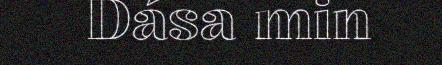
Dása min